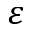
\varepsilon